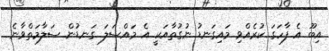
އިބޫ އެ ފާހަގަ ކުރެއްވި މައިގަނޑު ނުގުތާއަކީ އެ މައްސަލަ ގަނޑުން ސަލާމަތްވާނެ